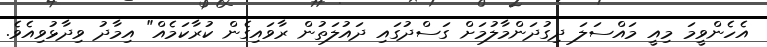
އެހެންވީމަ މިއީ މައްސަލަ ދިގުދަންމާލުމަށް ގަސްދުގައި ދައުލަތުން ރާވައިގެން ކުރާކަމެއް" އިމާދު ވިދާޅުވިއެވެ.